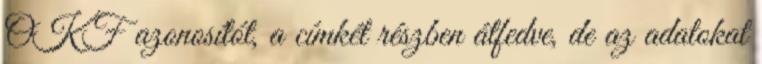
OKF azonosítót, a címkét részben átfedve, de az adatokat